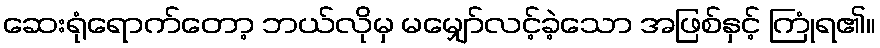
ဆေးရုံရောက်တော့ ဘယ်လိုမှ မမျှော်လင့်ခဲ့သော အဖြစ်နှင့် ကြုံရ၏။